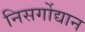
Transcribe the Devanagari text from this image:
निसर्गोद्यान